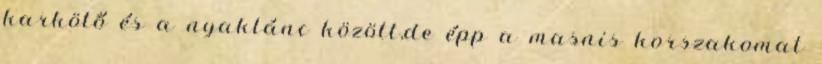
karkötő és a nyaklánc között,de épp a masnis korszakomat